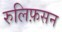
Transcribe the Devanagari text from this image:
रुलिफ़सन